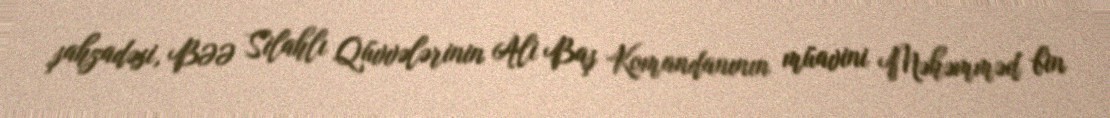
şahzadəsi, BƏƏ Silahlı Qüvvələrinin Ali Baş Komandanının müavini Məhəmməd bin